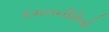
દમનનીતિનો